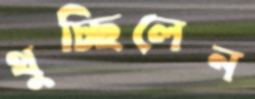
থুচ্ছিলেন